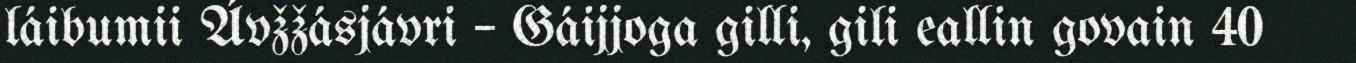
láibumii Ávžžásjávri – Gáijjoga gilli, gili eallin govain 40